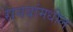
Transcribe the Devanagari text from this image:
रायबांमधील